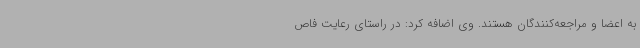
به اعضا و مراجعه‌کنندگان هستند. وی اضافه کرد: در راستای رعایت فاص